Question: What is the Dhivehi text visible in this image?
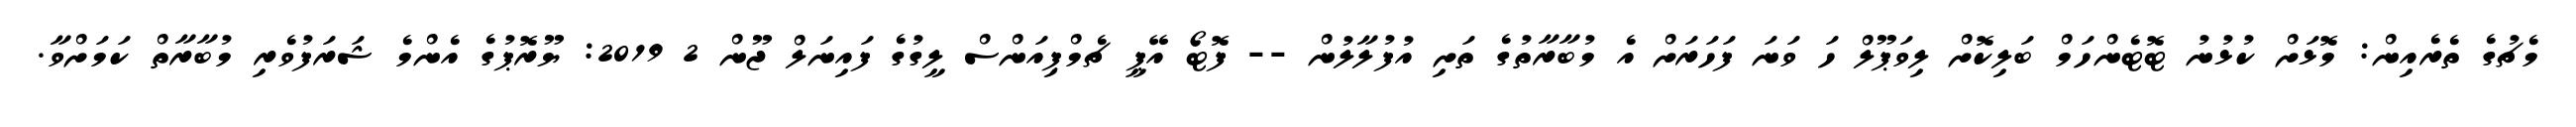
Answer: މެޗުގެ ތެރެއިން: މޮޅަށް ކުޅުނު ޓޮޓެންހަމް ބަލިކޮށް ލިވަޕޫލް ހަ ވަނަ ފަހަރަށް އެ މުބާރާތުގެ ތަށި އުފުލާލުން -- ފޮޓޯ އޭޕީ ޗެމްޕިއަންސް ލީގުގެ ފައިނަލް ޖޫން 2 2019: ޔޫރޮޕުގެ އެންމެ ޝަރަފުވެރި މުބާރާތް ކަމަށްވާ.